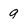
Character: 9